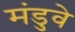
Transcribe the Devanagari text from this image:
मंडुवे